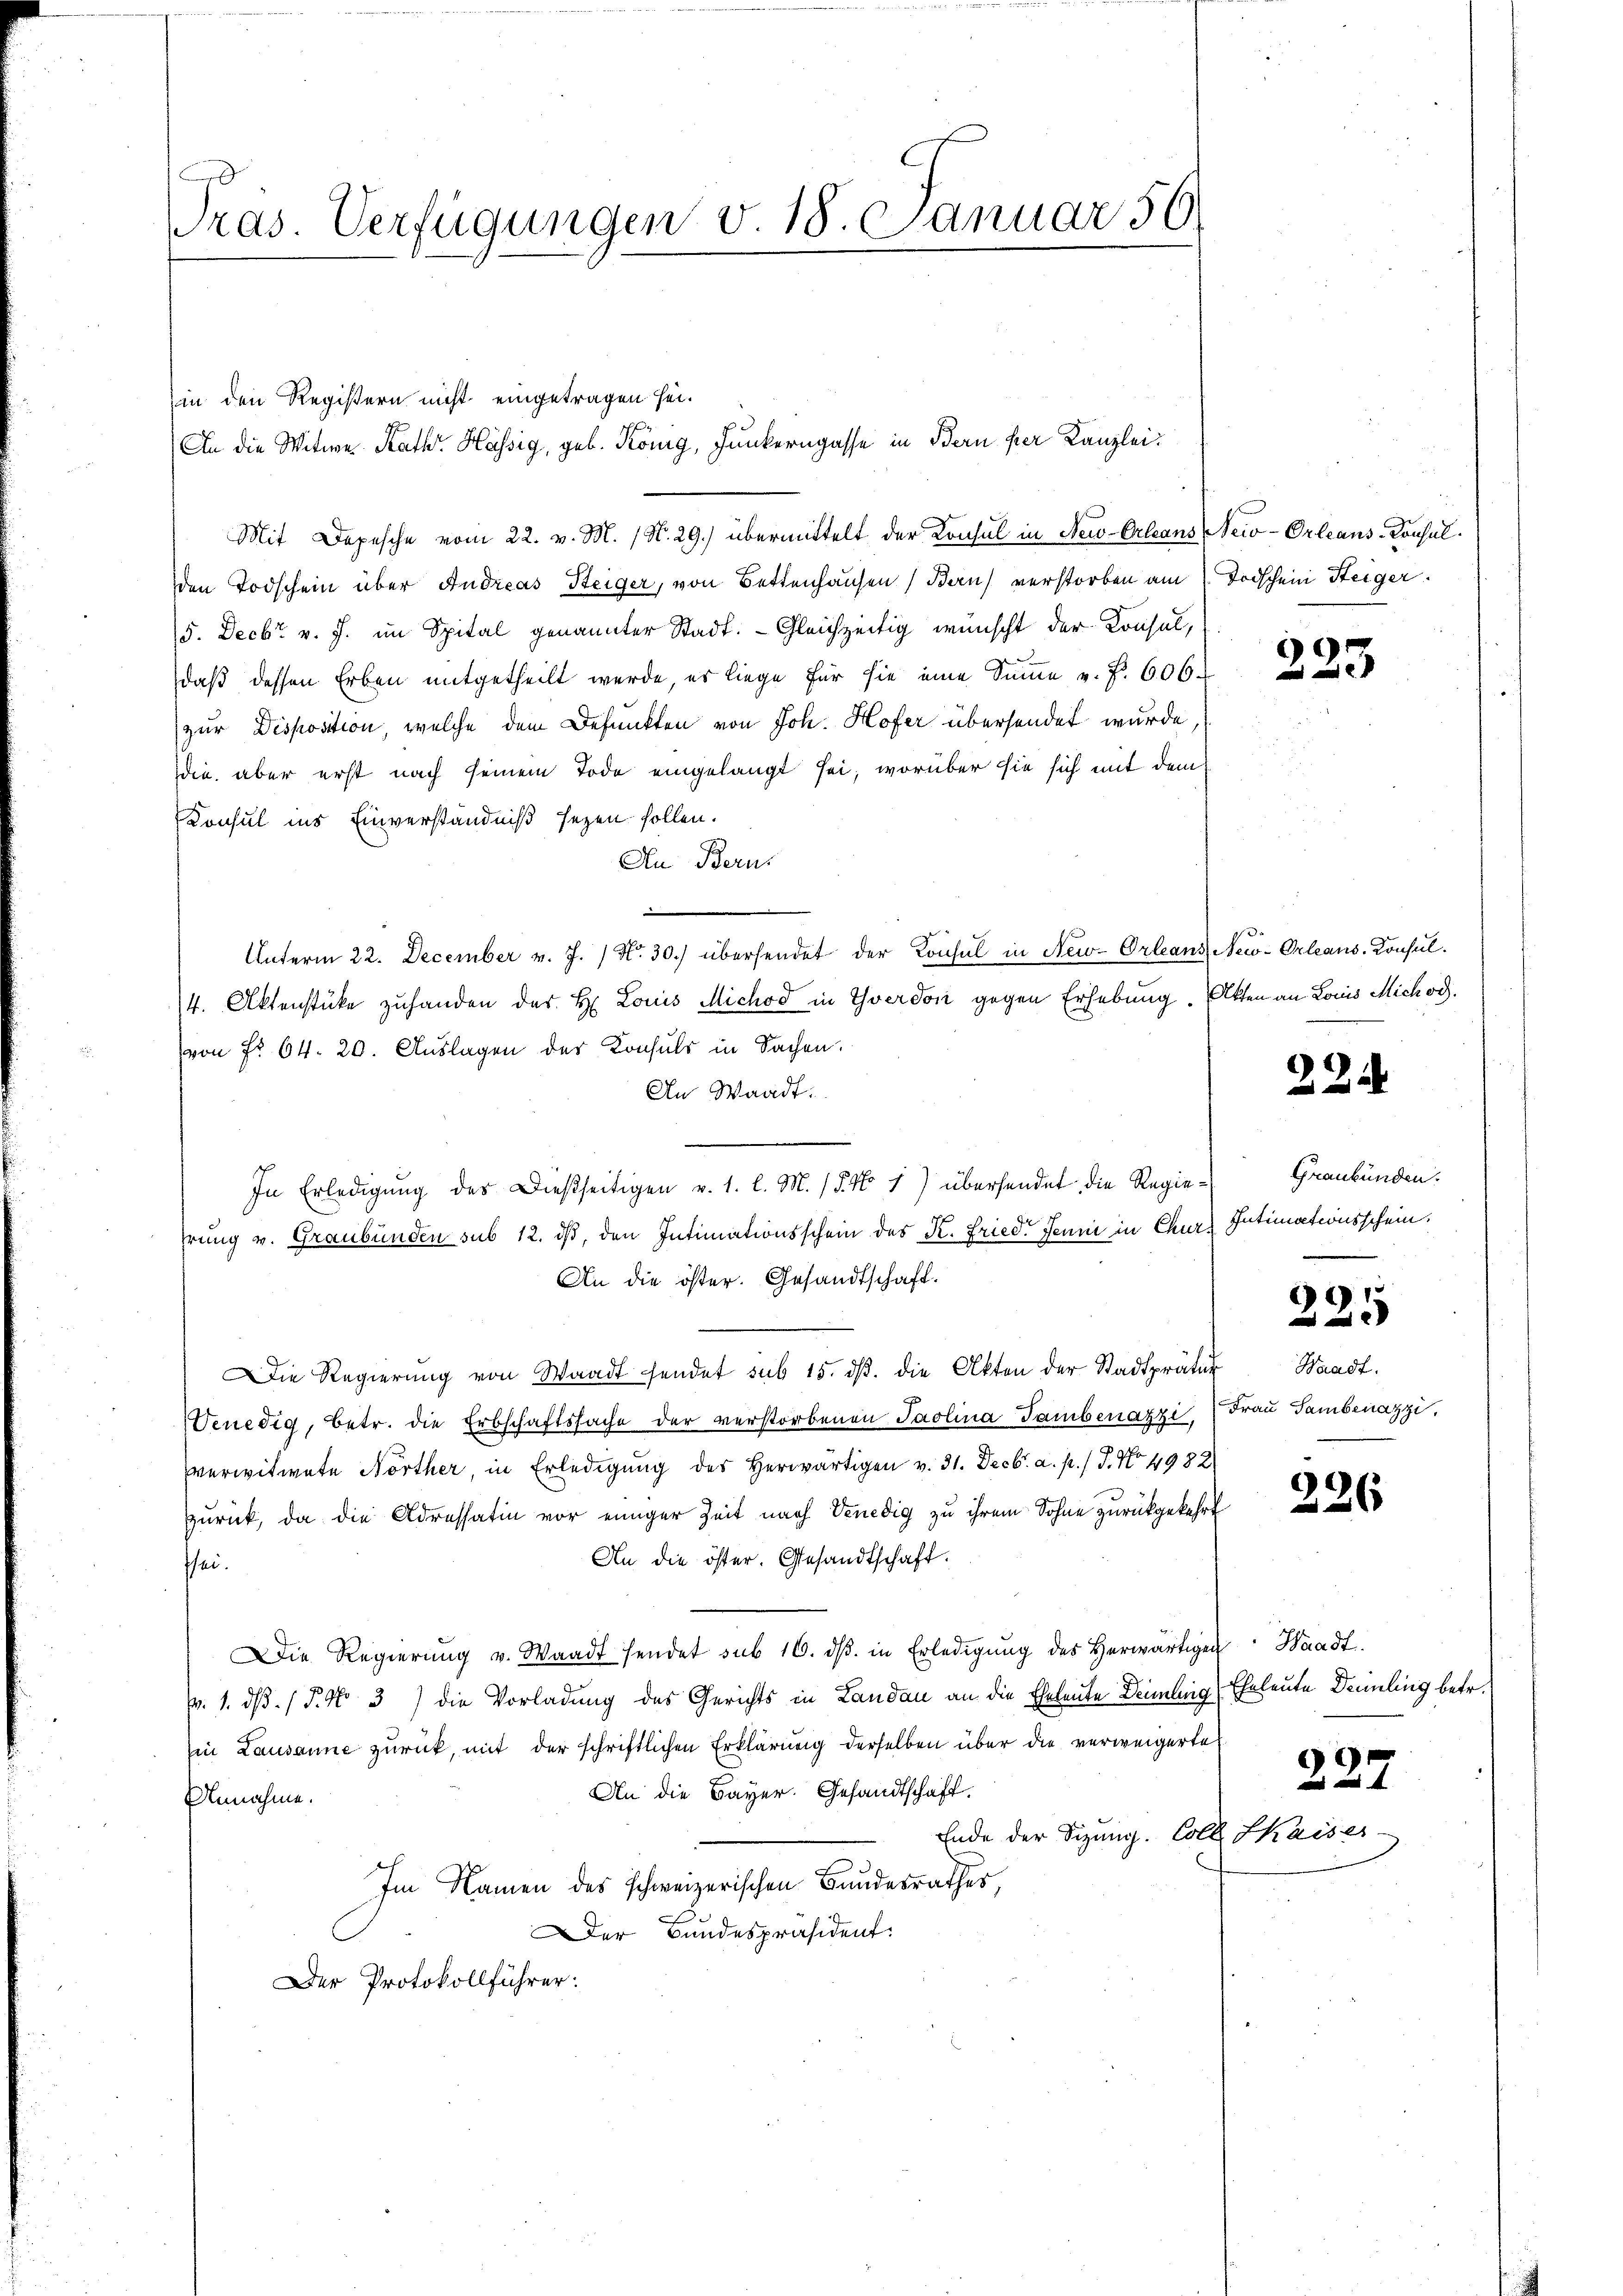
Pras. Verfügungen v. 18. Januar 56.

Mit Depesche vom 22. v. M. (N. 29.) übermittelt der Konsul in Neu-Orleans (Neiv-Orleans-Konsulden Todschein über Andreas Steiger, von Bettenhausen (Ban) verstorben am 1. Todschein Steiger.
5. Decbr. v. J. im Spital genannter Stadt.  Gleichzeitig wünscht der Konsul,
daβ dessen Erben mitgetheilt werde, es liege für sie eine Sinne u. f. 606.
zur Disposition, welche dem Defunkten von Joh. Hofer übersendet wurde
die, aber erst nach seinem Tode eingelangt sei, worüber sie sich mit dem
Konsul ins Einverständniß sezen sollen.
An Berns
—
Unterm 22. December v. J. / N. 30.) übersendet der Konsul in New-Orleans, New-Orleans. Konsul
4. Aktenstücke zuhanden des H. Louis Michod in Yverdon gegen Erhebung. Atten an Louis Michod.
von Fr. 64. 20. Auslagen der Konsuls in Sachen.
An Waadt.
In Erledigung des Dießseitigen v. 1. l. M. (§. No 1) übersendet die Regiehrung v. Graubünden sub 12. ds, den Intimationsschein des K. Fried. Jenni in Chur Intimationsschein.
An die öster. Gesandtschaft.
ie Regierŭng von Waadt sendet sub 15. dβ. die Akten der Stadtpräter Waadt,
Venedig, betr. die Erbschaftssache der verstorbenen Paolina Tambenazzi, Frau Sambenazzi.
verwitwete Nörther, in Erledigung des Herwärtigen v. 31. Decbr. a. p. / J. No 4982
zurück, da die Adressatin vor einiger Zeit nach Venedig zu ihrem Sohne zurückgekehrt
An die öster. Gesandtschaft.
sei.
Die Regierung u. Waadt sendet sub 16. dβ. in Erledigŭng des Herwärtigen Waadt.
. 1. dß. / 5. No. 3) die Vorladung des Gerichts in Landau an die Eheleute Deimling, Eheleute Dennling betr.
in Lausanne zurück, mit der schriftlichen Erklärung derselben über die verweigerte
An die Bayer. Gesandtschaft.
Annahme.
Ende der Sizung. Colle Skaiser-
Im Namen des schweizerischen Bundesrathes,
er Bundespräsident:
Der Protokollführer:

in den Registern nicht eingetragen sei.

An die Witwe Kath. Hässig, geb. König, Junkerngasse in Bern per Kanzlei¬

9

224

Graubünden.

221

226

227